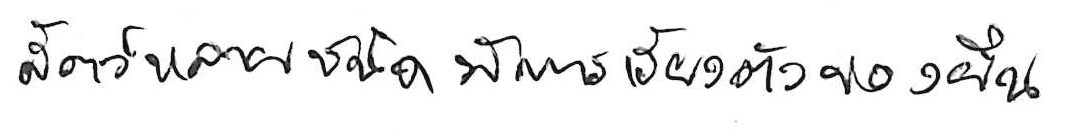
สัตว์หลายชนิดมีการเรียงตัวของยีน